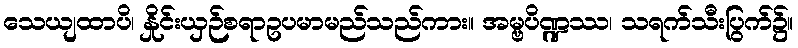
သေယျထာပိ၊ နှိုင်းယှဉ်စရာဥပမာမည်သည်ကား။ အမ္ဗပိဏ္ဍဿ၊ သရက်သီးပြွက်၌။